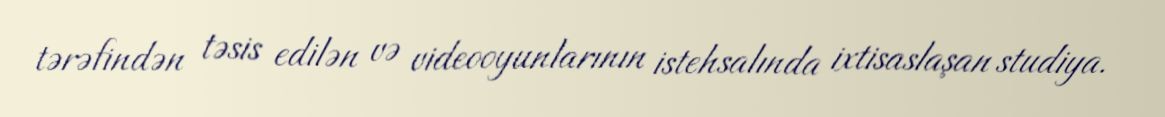
tərəfindən təsis edilən və videooyunlarının istehsalında ixtisaslaşan studiya.